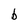
Character: b